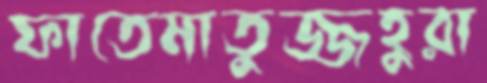
ফাতেমাতুজ্জহুরা